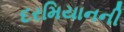
દરમિયાનની